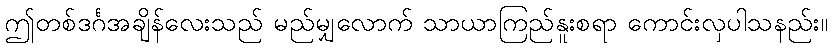
ဤတစ်ဒင်္ဂအချိန်လေးသည် မည်မျှလောက် သာယာကြည်နူးစရာ ကောင်းလှပါသနည်း။